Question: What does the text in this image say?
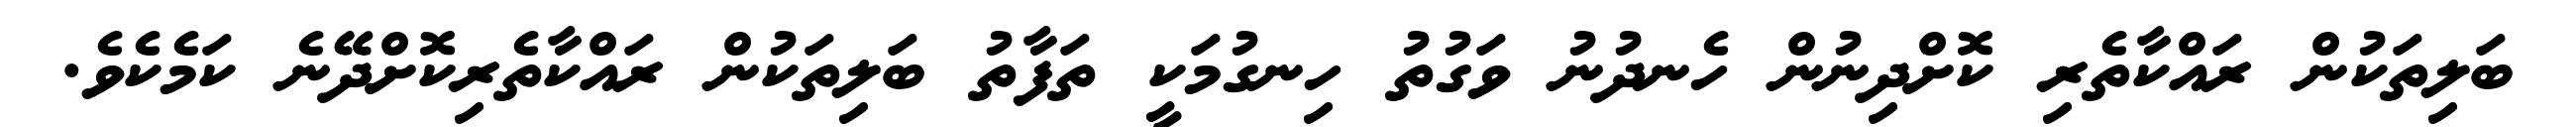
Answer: ބަލިތަކުން ރައްކާތެރި ކޮށްދިނުން ހެނދުނު ވަގުތު ހިނގުމަކީ ތަފާތު ބަލިތަކުން ރައްކާތެރިކޮށްދޭނެ ކަމެކެވެ.